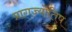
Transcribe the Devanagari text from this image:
प्रागज्योतिष